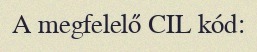
A megfelelő CIL kód: